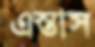
এস্তাস